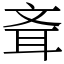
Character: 斊